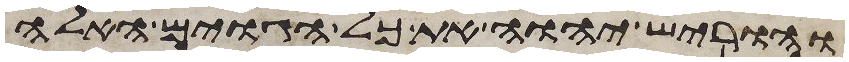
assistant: והוריש יהוה את כל הגוים האלה